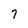
Character: 7